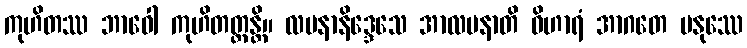
ကုဟိတဿ ဘာဝေါ ကုဟိတတ္တန္တိ။ လပနာနိဒ္ဒေသေ အာလပနာတိ ဝိဟာရံ အာဂတေ မနုဿေ